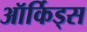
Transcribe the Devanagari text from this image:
ऑर्किड्स